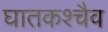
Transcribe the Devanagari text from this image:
घातकश्चैव